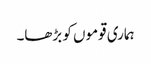
ہماری قوموں کو بڑھا۔